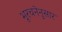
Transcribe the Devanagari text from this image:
भूरचनेनुसार